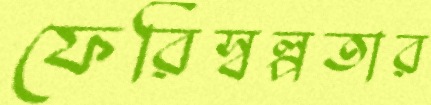
ফেরিস্বল্পতার